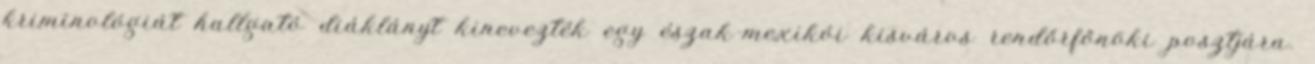
kriminológiát hallgató diáklányt kinevezték egy észak-mexikói kisváros rendőrfőnöki posztjára.